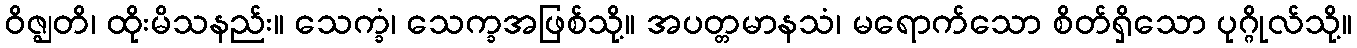
ဝိဇ္ဈတိ၊ ထိုးမိသနည်း။ သေက္ခံ၊ သေက္ခအဖြစ်သို့။ အပတ္တမာနသံ၊ မရောက်သော စိတ်ရှိသော ပုဂ္ဂိုလ်သို့။